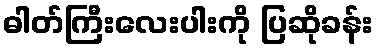
ဓါတ်ကြီးလေးပါးကို ပြဆိုခန်း